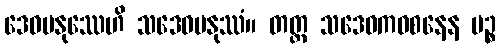
ဒေဝမနုဿေဟိ သဒေဝမနုဿံ။ တတ္ထ သဒေဝကဝစနေန ပဉ္စ